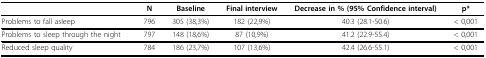
<table><thead><tr><td></td><td><b>N</b></td><td><b>Baseline</b></td><td><b>Final interview</b></td><td><b>Decrease in % (95% Confidence interval)</b></td><td><b>p*</b></td></tr></thead><tbody><tr><td>Problems to fall asleep</td><td>796</td><td>305 (38,3%)</td><td>182 (22,9%)</td><td>40.3 (28.1-50.6)</td><td>&lt; 0,001</td></tr><tr><td>Problems to sleep through the night</td><td>797</td><td>148 (18,6%)</td><td>87 (10,9%)</td><td>41.2 (22.9-55.4)</td><td>&lt; 0,001</td></tr><tr><td>Reduced sleep quality</td><td>784</td><td>186 (23,7%)</td><td>107 (13,6%)</td><td>42.4 (26.6-55.1)</td><td>&lt; 0,001</td></tr></tbody></table>